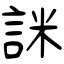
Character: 詸